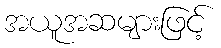
အယူအဆများဖြင့်